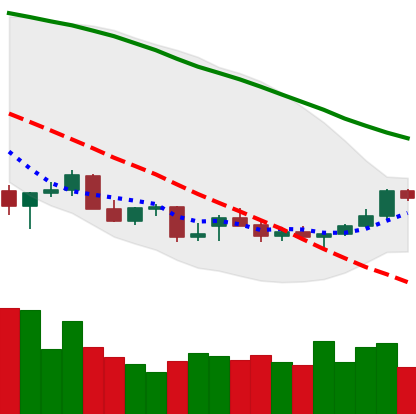
Ticker: NEO-USD
Chart end date: 2021-12-24
Forward return: -10.05%
Label: down_7plus